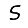
Digit: 5